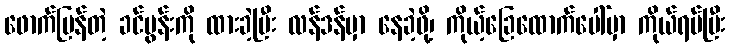
ဖောက်ပြန်တဲ့ ခင်ပွန်းကို ထားခဲ့ပြီး လန်ဒန်မှာ နေခဲ့ဖို့၊ ကိုယ့်ခြေထောက်ပေါ်မှာ ကိုယ်ရပ်ပြီး